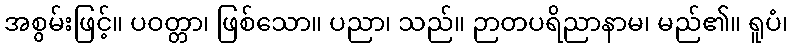
အစွမ်းဖြင့်။ ပဝတ္တာ၊ ဖြစ်သော။ ပညာ၊ သည်။ ဉာတပရိညာနာမ၊ မည်၏။ ရူပံ၊